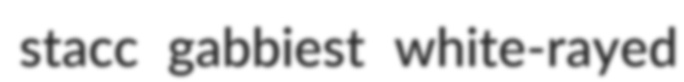
stacc gabbiest white-rayed